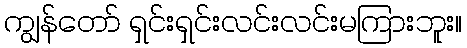
ကျွန်တော် ရှင်းရှင်းလင်းလင်းမကြားဘူး။